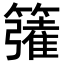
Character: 𮆦